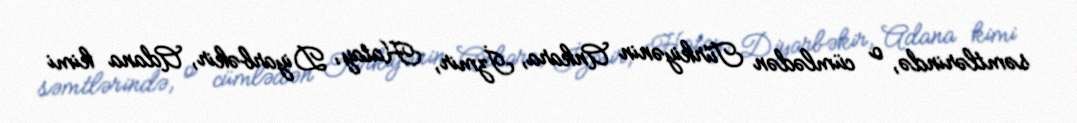
səmtlərində, o cümlədən Türkiyənin Ankara, İzmir, Hatay, Diyarbəkir, Adana kimi